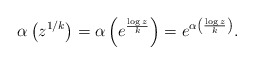
\begin{align*}\alpha\left( z^{1/k} \right) = \alpha\left( e^{\frac{\log z}{k}} \right) = e^{\alpha\left(\frac{\log z}{k} \right)}. \end{align*}